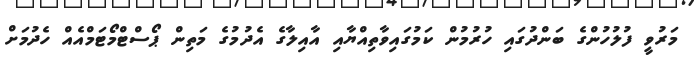
މަރުވީ ފުލުހުންގެ ބަންދުގައި ހުރުމުން ކަމުގައިވާތިއްޔާއި އާއިލާގެ އެދުމުގެ މަތިން ޕޯސްޓްމޯޓަމްއެއް ހެދުމަށް